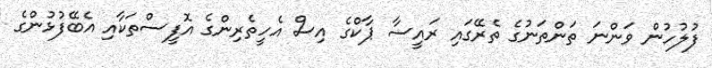
ފުލުހުން ވަންނަ ތަންތަނުގެ ތެރޭގައި ރައީސާ ޕާކްގެ އިސް އެހީތެރިންގެ އޮފީސްތަކާއި އެބޭފުޅުންގެ